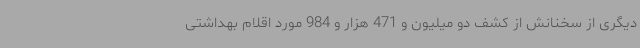
دیگری از سخنانش از کشف دو میلیون و 471 هزار و 984 مورد اقلام بهداشتی